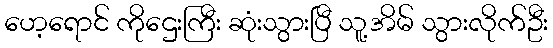
ဟေ့ရောင် ကိုဌေးကြီး ဆုံးသွားပြီ သူ့အိမ် သွားလိုက်ဦး